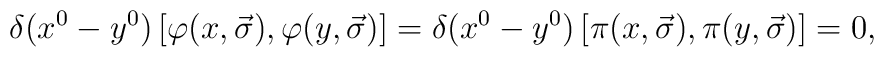
\delta(x^0-y^0)\left[\varphi(x,\vec{\sigma}),\varphi(y,\vec{\sigma})\right]=\delta(x^0-y^0)\left[\pi(x,\vec{\sigma}),\pi(y,\vec{\sigma})\right]=0,